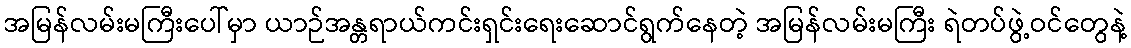
အမြန်လမ်းမကြီးပေါ်မှာ ယာဉ်အန္တရာယ်ကင်းရှင်းရေးဆောင်ရွက်နေတဲ့ အမြန်လမ်းမကြီး ရဲတပ်ဖွဲ့ဝင်တွေနဲ့